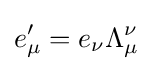
e_{\mu }'=e_{\nu }\Lambda _{\mu }^{\nu }